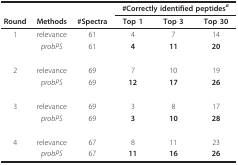
<table><thead><tr><td></td><td></td><td></td><td colspan="3"><b>#Correctly identified peptides<i><sup>a</sup></i></b></td></tr><tr><td><b>Round</b></td><td><b>Methods</b></td><td><b>#Spectra</b></td><td><b>Top 1</b></td><td><b>Top 3</b></td><td><b>Top 30</b></td></tr></thead><tbody><tr><td>1</td><td>relevance</td><td>61</td><td>4</td><td>7</td><td>14</td></tr><tr><td></td><td><i>probPS</i></td><td>61</td><td><b>4</b></td><td><b>11</b></td><td><b>20</b></td></tr><tr><td>2</td><td>relevance</td><td>69</td><td>7</td><td>10</td><td>19</td></tr><tr><td></td><td><i>probPS</i></td><td>69</td><td><b>12</b></td><td><b>17</b></td><td><b>26</b></td></tr><tr><td>3</td><td>relevance</td><td>69</td><td>3</td><td>8</td><td>17</td></tr><tr><td></td><td><i>probPS</i></td><td>69</td><td><b>3</b></td><td><b>10</b></td><td><b>28</b></td></tr><tr><td>4</td><td>relevance</td><td>67</td><td>8</td><td>11</td><td>23</td></tr><tr><td></td><td><i>probPS</i></td><td>67</td><td><b>11</b></td><td><b>16</b></td><td><b>26</b></td></tr></tbody></table>